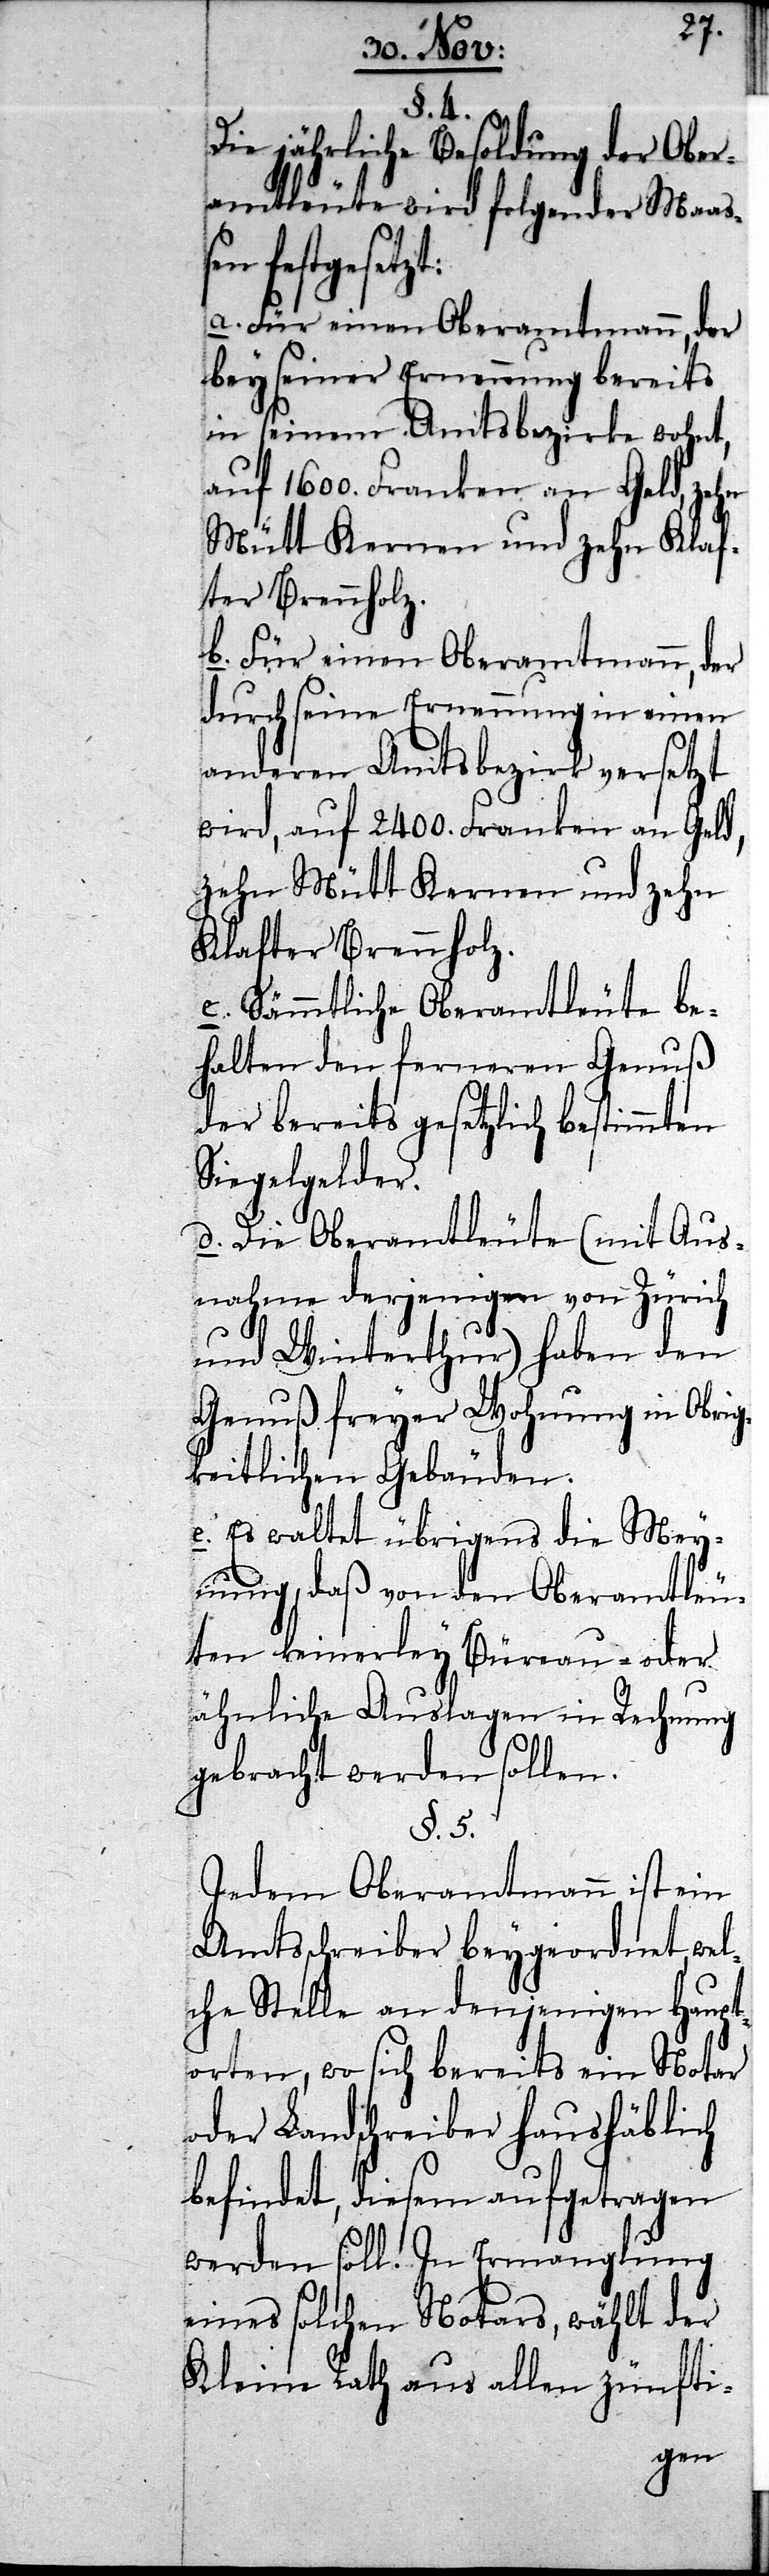
§. 4.
Die jährliche Besoldung der Ober¬
amtleute wird folgender Maaße¬
n festgesetzt:
a. Für einen Oberamtmann, der
bey seiner Ernennung bereits
in seinem Amtsbezirke wohnt,
auf 1600. Franken an Geld, zehn
Mütt Kernen und zehn Klaf¬
ter Brennholz.
b. Für einen Oberamtmann, der
durch seine Ernennung in einen
anderen Amtsbezirk versetzt
wird, auf 2400. Franken an Geld,
zehn Mütt Kernen und zehn
Klafter Brennholz.
c. Sämmtliche Oberamtleute be¬
halten den ferneren Genuß
der bereits gesetzlich bestimmten
Siegelgelder.
d. Die Oberamtleute (mit Aus¬
nahme derjenigen von Zürich
und Winterthur) haben den
Genuß freyer Wohnung in Obri¬
gkeitlichen Gebäuden.
e. Es waltet übrigens die Mey¬
nung, daß von den Oberamtleu¬
ten keinerley Büreau- oder
ähnliche Auslagen in Rechnung
gebracht werden sollen.
§. 5.
Jedem Oberamtmann ist ein
Amtsschreiber beygeordnet, wel¬
che Stelle an denjenigen Haupt¬
orten, wo sich bereits ein Notar
oder Landschreiber haushäblich
befindet, diesem aufgetragen
werden soll. In Ermangelung
eines solchen Notars, wählt der
Kleine Rath aus allen zünfti-